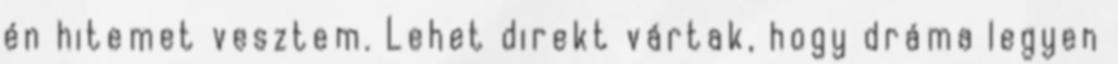
én hitemet vesztem. Lehet direkt vártak, hogy dráma legyen